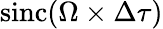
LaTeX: \mathrm{sinc}(\Omega\times\Delta\tau)